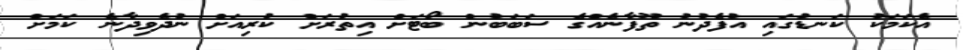
އެކަމަކު ކަނޑުގައި އުފެދުނު ތޫފާނެއްގެ ސަބަބުން ބޯޓަށް އިތުރަށް ކުރިއަށް ނުދެވިދާނެ ކަމަށް